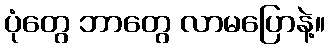
ပုံတွေ ဘာတွေ လာမပြောနဲ့။